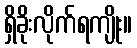
ရှိခိုးလိုက်ရကျိုး။